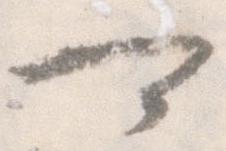
可